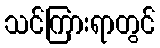
သင်ကြားရာတွင်